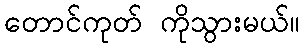
တောင်ကုတ် ကိုသွားမယ်။